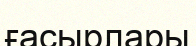
ғасырлары